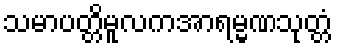
သမာပတ္တိမူလကအာရမ္မဏသုတ္တံ